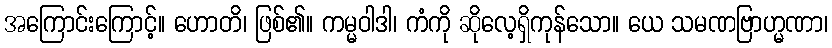
အကြောင်းကြောင့်။ ဟောတိ၊ ဖြစ်၏။ ကမ္မဝါဒါ၊ ကံကို ဆိုလေ့ရှိကုန်သော။ ယေ သမဏဗြာဟ္မဏာ၊